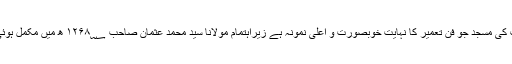
آپ کی مسجد جو فن تعمیر کا نہایت خوبصورت و اعلیٰ نمونہ ہے زیراہتمام مولانا سید محمد عثمان صاحب ۱۲۶۸؁ ھ میں مکمل ہوئی ۔